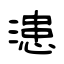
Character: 漶